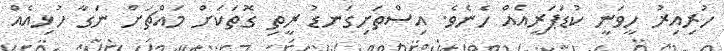
ހުރިއިރު ހީވަނީ ކުޑަޕަރީއެއް ހެނެވެ. އިސްތަށިގަނޑު ރީތި ގޮތަކަށް މައްޗަށް ނަގާ ހުޅިއެއް